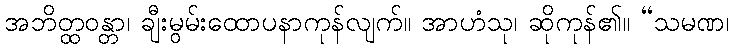
အဘိတ္ထဝန္တာ၊ ချီးမွမ်းထောပနာကုန်လျက်။ အာဟံသု၊ ဆိုကုန်၏။ “သမဏ၊